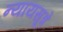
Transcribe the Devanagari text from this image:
न्यायसूत्रे